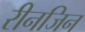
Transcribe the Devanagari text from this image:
रीनजिन